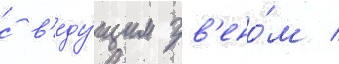
с в'еду́щим зв'ено́м /